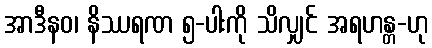
အာဒီနဝ၊ နိဿရဏ ၅-ပါးကို သိလျှင် အရဟန္တ-ဟု